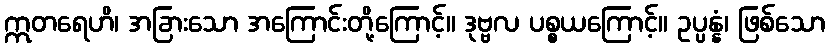
ဣတရေဟိ၊ အခြားသော အကြောင်းတို့ကြောင့်။ ဒုဗ္ဗလ ပစ္စယကြောင့်။ ဥပ္ပန္နံ၊ ဖြစ်သော